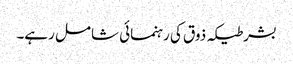
بشرطیکہ ذوق کی رہنمائی شامل رہے۔